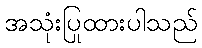
အသုံးပြုထားပါသည်